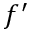
f ^ { \prime }